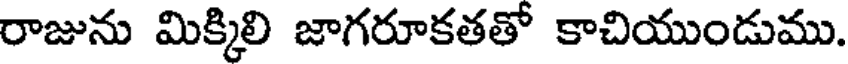
రాజును మిక్కిలి జాగరూకతతో కాచియుండుము.